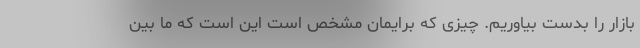
بازار را بدست بیاوریم. چیزی که برایمان مشخص است این است که ما بین